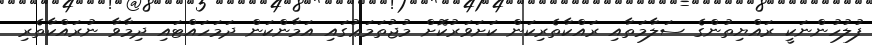
ފުލުހުންނަކީ ރައްޔިތުންގެ ސަލާމަތާއި ރައްކާތެރިކަން ކަށަވަރުކޮށް މުޖުތަމަޢުގައި އަމާންކަން ދަމަހައްޓައި ދިމާވާ ނުރައްކާތެރި